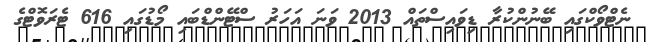
ނެޓްވޯކްގައި ބޭނުންކުރާ ޑިވައިސްތައް 2013 ވަނަ އަހަރު ސްޓޭންޑްބައި މޯޑުގައި 616 ޓެރަވޮޓްގެ